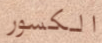
الكسور